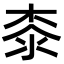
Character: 桼